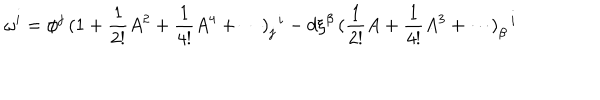
\omega ^ { i } = \phi ^ { j } \, ( \mathrm { 1 } + \frac { 1 } { 2 ! } A ^ { 2 } + \frac { 1 } { 4 ! } A ^ { 4 } + \cdots ) _ { j } ^ { \, \, \, i } - d \xi ^ { \beta } \, ( \frac { 1 } { 2 ! } A + \frac { 1 } { 4 ! } A ^ { 3 } + \cdots ) _ { \beta } ^ { \, \, \, \, i }